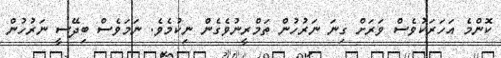
ކޮންމެ އަހަރަކުވެސް ވަރަށް ގިނަ ނަރުހުން ތަމްރީނުވެގެން ނިކުމެވެ. ނަމަވެސް ބިދޭސީ ނަރުހުން